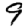
Digit: 9